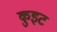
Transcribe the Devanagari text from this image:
कुइट